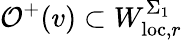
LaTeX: \mathcal{O}^{+}(v)\subset W_{\mathrm{loc},r}^{\Sigma_{1}}